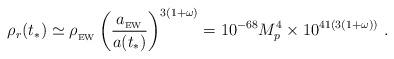
LaTeX: \begin{align*} \rho_r(t_*) \simeq \rho_{_{\rm EW}} \left({a_{_{\rm EW}}\over a(t_*)}\right)^{3(1+\omega)} = 10^{-68} M_p^4 \times 10^{41(3(1+\omega))} \ .\end{align*}